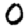
Digit: 0